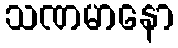
သဏမာနော